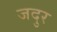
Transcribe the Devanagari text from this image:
जदुर